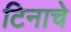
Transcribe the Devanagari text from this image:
टिनाचे